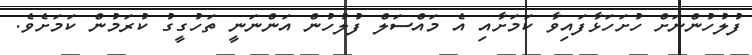
ފުލުހުންނަށް ހުށަހަޅާފައިވާ ކަމަށާއި އެ މައްސަލް ފުލުހުން އަންނަނީ ތަހުގީގު ކުރަމުން ކަމަށެވެ.